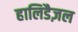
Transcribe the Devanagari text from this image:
हालिडैज़ल